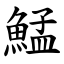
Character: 鯭